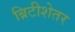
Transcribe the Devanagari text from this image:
ब्रिटीशेतर